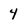
Character: 4